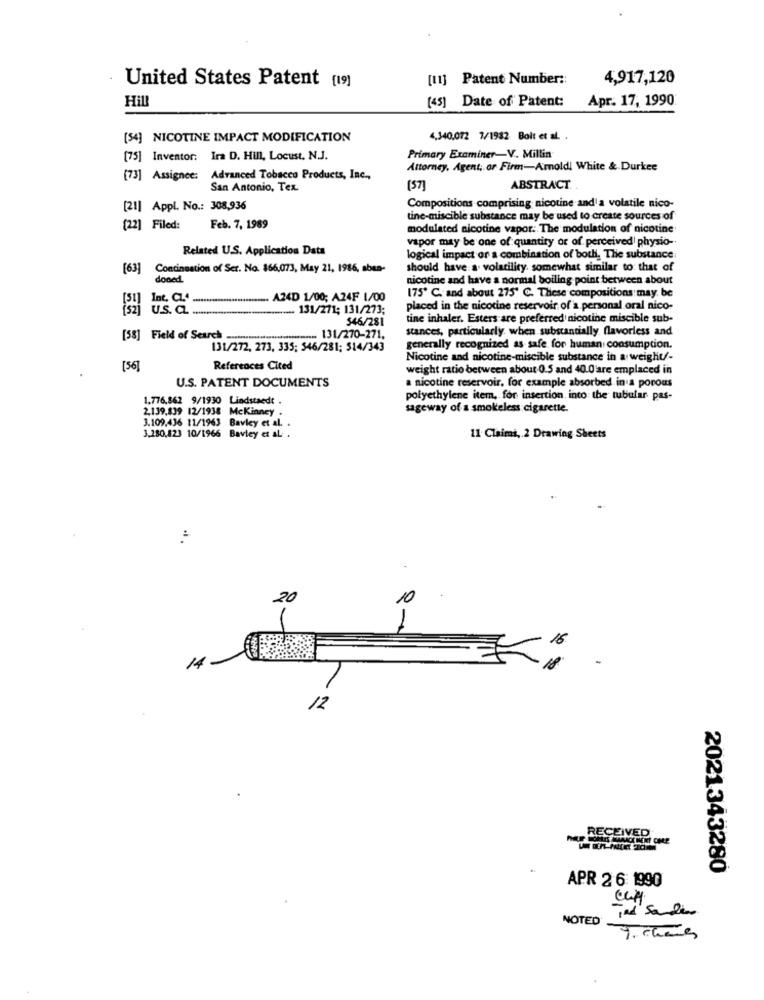
[11] Patent Number ::
4,917,120
United States Patent [19]
Hill
(45] Date of Patent:
Apr. 17, 1990
[54] NICOTINE IMPACT MODIFICATION
4,340,012 7/1932 Bolt et al. ,
[75] Inventor: Ira D. Hill, Locust. N.J.
Primary Examiner-V .. Millin
Attorney, Agent, or Firm-Amoldi White & Durkee
(73] Assignee: Advanced Tobacco Products, Inc .,
San Antonio, Tex.
[5]
ABSTRACT.
[21] Appl. No .: 308,936
Compositions comprising nicotine and a volatile nico-
tine-miscible substance may be used to create sources of
[22] Filed:
Feb. 7, 1989
modulated nicotine vapor. The modulation of nicotine
vapor may be one of quantity or of. perceived physio-
Related U.S. Application Data
logical impact or a combination of both. The substance
[63]
Continuation of Ser. No. 166,073, May 21, 1986, aben-
should have a. volatility. somewhat similar to that of
doned
nicotine and have a normal boiling point between about
Int. CL .. ......
A24D 1/00; A24F 1/00
175" C. and about 275" C. These compositions may be
U.S. a.
...... 131/271; 131/273;
placed in the nicotine reservoir of a personal oral nico-
546/281
tine inhaler. Esters are preferred nicotine miscible sub-
stances, particularly when substantially flavorless and
[58] Field of Search
. 131/270-271.
131/272, 273, 335; 546/281; 514/343
generally recognized as safe for human consumption.
Nicotine and nicotine-miscible substance in a weight/-
[56]
References Cited
weight ratio between about 0.5 and 40.0'are emplaced in
nicotine reservoir, for example absorbed in a porous
U.S. PATENT DOCUMENTS
1.776,862 9/1930 Lindstaedt .
polyethylene item, for insertion into the tubular pas-
2,139,839 12/1938 Mckinney .
sageway of a smokeless cigarette.
3.109,436 11/1963 Bavley et al. .
3,280,823 10/1966 Bavley et al .
11 Claimi, 2 Drawing Sheets
20
10
16
14
18
/2
RECEIVED
2021343280
APR 2 6: 1990
ind Sa des
NOTED
9. chaves